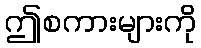
ဤစကားများကို